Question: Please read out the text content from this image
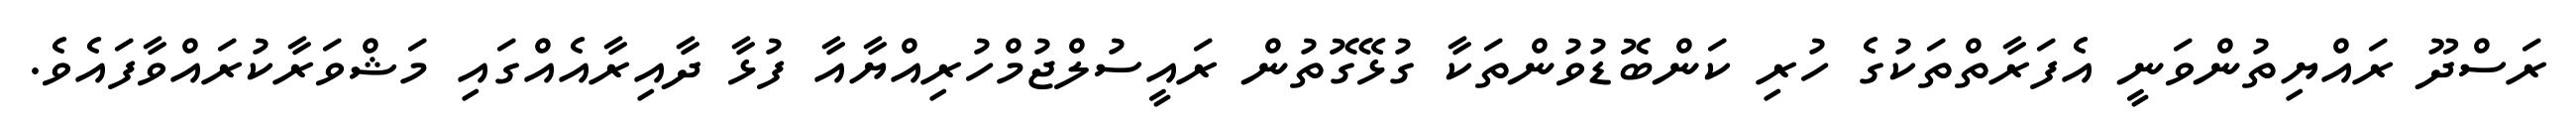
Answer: ރަސްދޫ ރައްޔިތުންވަނީ އެފަރާތްތަކުގެ ހުރި ކަންބޮޑުވުންތަކާ ގުޅޭގޮތުން ރައީސުލްޖުމްހުރިއްޔާއާ ފުޅާ ދާއިރާއެއްގައި މަޝްވަރާކުރައްވާފައެވެ.